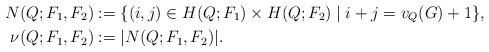
LaTeX: \begin{align*}N(Q;F_1,F_2) &:=\{(i,j) \in H(Q;F_1) \times H(Q;F_2) \mid i+j = v_Q(G) + 1 \}, \\\nu(Q;F_1,F_2) &:= |N(Q;F_1,F_2)|.\end{align*}